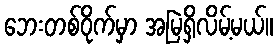
ဘေးတစ်ဝိုက်မှာ အမြဲရှိလိမ့်မယ်။